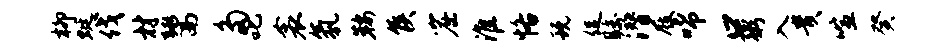
柳蜓伐材鬻多叱衾氛鞍侯窟淮恪玩促瞩潜屐唏口粥入贵喧癸